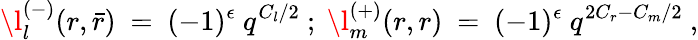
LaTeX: \l_{l}^{(-)}(r,\bar{r})~=~(-1)^{\epsilon}~q^{C_{l}/2}~;~\l_{m}^{(+)}(r,r)~=~(-1)^{\epsilon}~q^{2C_{r}-C_{m}/2}~,